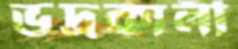
ভদ্রকালী